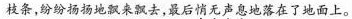
枝条，纷纷扬扬地飘来飘去，最后悄无声息地落在了地面上。